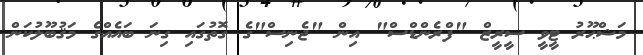
މަޝްޙޫރު ޓީވީ ސީރީޒް "ފްރެންޑްސް" އިން "ޖެނިސް"ގެ ގޮތުގައި ގިނަ ބައެއްގެ މަޤުބޫލުކަން